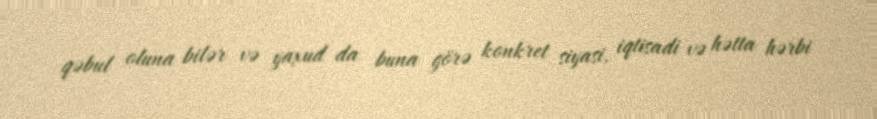
qəbul oluna bilər və yaxud da buna görə konkret siyasi, iqtisadi və hətta hərbi